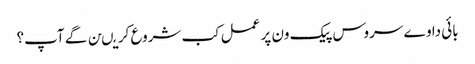
بائی دا وے سروس پیک ون پر عمل کب شروع کریںن گے آپ؟